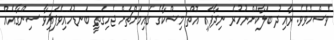
ވެސްހެވެވެ. ރާއިދު ބަލާކަށްނުހުރެ ނިދާފައި އޮތް މިޝްކާގެ ގައިމަށްޗަށް ޖެހިގަތީ ބަނޑުހައިވެފައިވާ ސިންގާއެއް